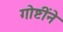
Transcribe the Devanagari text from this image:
गोष्टींने